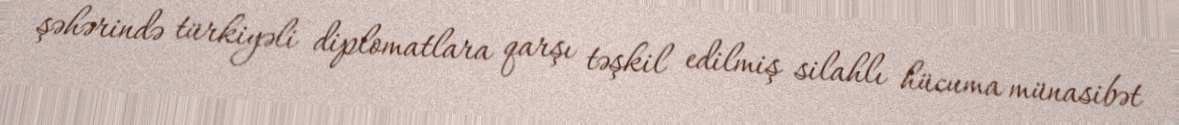
şəhərində türkiyəli diplomatlara qarşı təşkil edilmiş silahlı hücuma münasibət